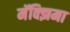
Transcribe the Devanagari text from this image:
मॅक्झिमा